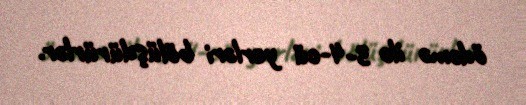
ödəmə ilə 3-4-cü yerləri bölüşdürürlər.